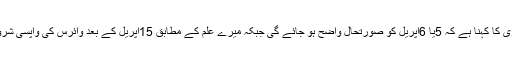
غریبوں کو امیر دیکھنے کے خواہش مند صوفی شوکت علی قادری کا کہنا ہے کہ 5یا 6اپریل کو صورتحال واضح ہو جائے گی جبکہ میرے علم کے مطابق 15اپریل کے بعد وائرس کی واپسی شروع ہو جائے گی، انہوں نے عوام کو صدقہ دینے پر زور دیا ہے۔